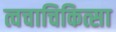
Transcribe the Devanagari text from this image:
त्वचाचिकित्सा